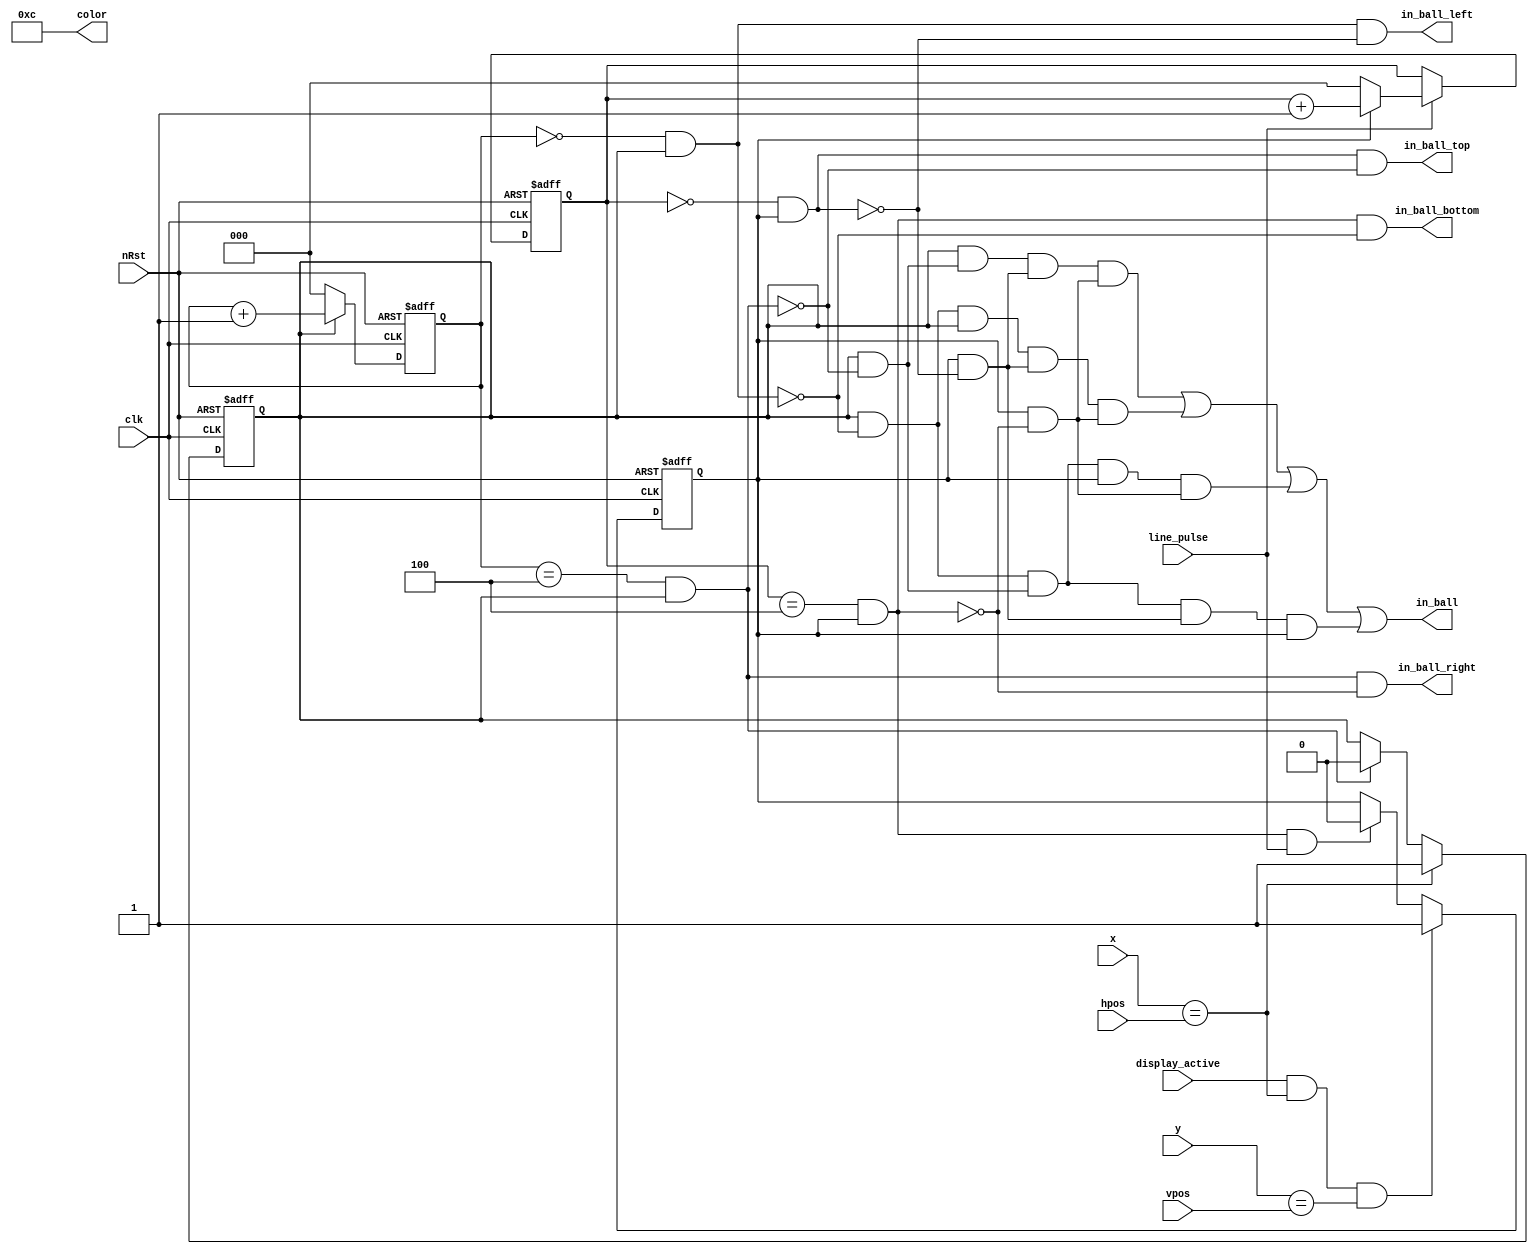
`timescale 1ns / 1ps
//////////////////////////////////////////////////////////////////////////////////
// Company: 
// Engineer: 
// 
// Design Name: 
// Module Name: ball_drawer
// Project Name: 
// Target Devices: 
// Tool Versions: 
// Description: 
// 
// Dependencies: 
// 
// Revision:
// Revision 0.01 - File Created
// Additional Comments:
// 
//////////////////////////////////////////////////////////////////////////////////


module p09_ball_painter(
    input clk,
    input nRst,
    output in_ball,
    output in_ball_top,
    output in_ball_bottom,
    output in_ball_left,
    output in_ball_right,
    output [5:0] color,
    input [9:0] x,
    input [8:0] y,
    input [9:0] hpos,
    input [8:0] vpos,
    input line_pulse,
    input display_active
    );
        
    // Pixel ball positions:
    //      0 1   2 3
    //    T T T T T T R
    // 0  L   X X X   R
    // 1  L X X X X X R
    //    L X X X X X R 
    // 2  L X X X X X R
    // 3  L   X X X   R
    //    L B B B B B B
    
    // Pixel ball positions:
    //   0 1   2 3
    // 0   X X X  
    // 1 X X X X X
    //   X X X X X
    // 2 X X X X X
    // 3   X X X
    
    // Pixel ball colision regions:
    //   0 1   2 3
    // 0 T T T T R  
    // 1 L       R
    //   L       R
    // 2 L       R
    // 3 L B B B B

    //                        BBGGRR
    parameter BALL_COLOR = 6'b001100;
    
    wire is_ball_line_start = x == hpos;
    wire is_ball_start = display_active && is_ball_line_start && y == vpos;

    reg [2:0] ball_x;
    reg [2:0] ball_y;
    reg is_in_ball_line;
    reg is_in_ball_rows;
    
    wire x0 = ball_x == 0 && is_in_ball_line;
    wire x3 = ball_x == 4 && is_in_ball_line;
    wire y0 = ball_y == 0 && is_in_ball_rows;
    wire y3 = ball_y == 4 && is_in_ball_rows;

    wire gt_x0 = is_in_ball_line;
    wire gt_x1 = is_in_ball_line && !x0;
    wire lt_x2 = is_in_ball_line && !x3;
    wire lt_x3 = is_in_ball_line;
    wire gt_y0 = is_in_ball_rows;
    wire gt_y1 = is_in_ball_rows && !y0;
    wire lt_y2 = is_in_ball_rows && !y3;
    wire lt_y3 = is_in_ball_rows;

    wire is_ball_line_end = x3;
    wire is_ball_rows_end = y3;

    // Latch that enables the ball x counter
    always @(posedge clk or negedge nRst)
    begin
        if(!nRst) begin
            is_in_ball_line <= 0;
        end else begin
            if(is_ball_line_start) begin
                is_in_ball_line <= 1;
            end else if(is_ball_line_end) begin
                is_in_ball_line <= 0;
            end
        end
    end
    
    // Ball x counter
    always @(posedge clk or negedge nRst)
    begin
        if(!nRst) begin
            ball_x <= 0;
        end else begin
            if(is_in_ball_line) begin
                ball_x <= ball_x + 1'b1;
            end else begin
                ball_x <= 0;
            end
        end
    end

    // Latch that enables the ball y counter
    always @(posedge clk or negedge nRst)
    begin
        if(!nRst) begin
            is_in_ball_rows <= 0;
        end else begin
            if(is_ball_start) begin
                is_in_ball_rows <= 1;
            end else if(is_ball_rows_end && line_pulse) begin
                is_in_ball_rows <= 0;
            end
        end
    end

    // Ball y counter
    always @(posedge clk or negedge nRst)
    begin
        if(!nRst) begin
            ball_y <= 0;
        end else begin
            if(line_pulse) begin
                if(is_in_ball_rows) begin
                    ball_y <= ball_y + 1'b1;
                end else begin
                    ball_y <= 0;
                end
            end
        end
    end 
    
    // Ball area
    wire left_lobe = gt_x0 && lt_x2 && gt_y1 && lt_y2;
    wire right_lobe = gt_x1 && lt_x3 && gt_y1 && lt_y2;
    wire top_lobe = gt_x1 && lt_x2 && gt_y0 && lt_y2;
    wire bottom_lobe = gt_x1 && lt_x2 && gt_y1 && lt_y3;
    assign in_ball = left_lobe || right_lobe || top_lobe || bottom_lobe;

    // Ball collision regions
    assign in_ball_top = y0 && !x3;
    assign in_ball_left = x0 && !y0;
    assign in_ball_bottom = y3 && !x0;
    assign in_ball_right = x3 && !y3;
    
    assign color = BALL_COLOR;
endmodule